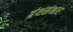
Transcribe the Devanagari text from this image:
ग्रंथसंभार